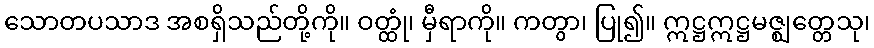
သောတပသာဒ အစရှိသည်တို့ကို။ ဝတ္ထုံ၊ မှီရာကို။ ကတွာ၊ ပြု၍။ ဣဋ္ဌဣဋ္ဌမဇ္ဈတ္တေသု၊